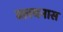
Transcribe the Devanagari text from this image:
क्लथनास